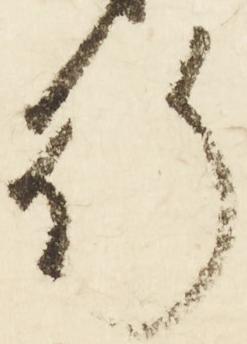
行